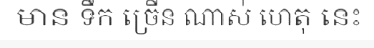
មាន ទឹក ច្រើន ណាស់ ហេតុ នេះ